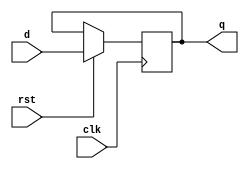
`timescale 1ns / 1ps
//////////////////////////////////////////////////////////////////////////////////
// Company: 
// Engineer: 
// 
// Design Name: 
// Module Name:    dff 
// Project Name: 
// Target Devices: 
// Tool versions: 
// Description: 
//
// Dependencies: 
//
// Revision: 
// Revision 0.01 - File Created
// Additional Comments: 
//
//////////////////////////////////////////////////////////////////////////////////
module dff(d,q,clk,rst  );

input   d;
input   clk,rst;
output  q;
reg     q;

always @(posedge clk) 
if(rst)
begin

 q <= d; 
 
 end
    


endmodule